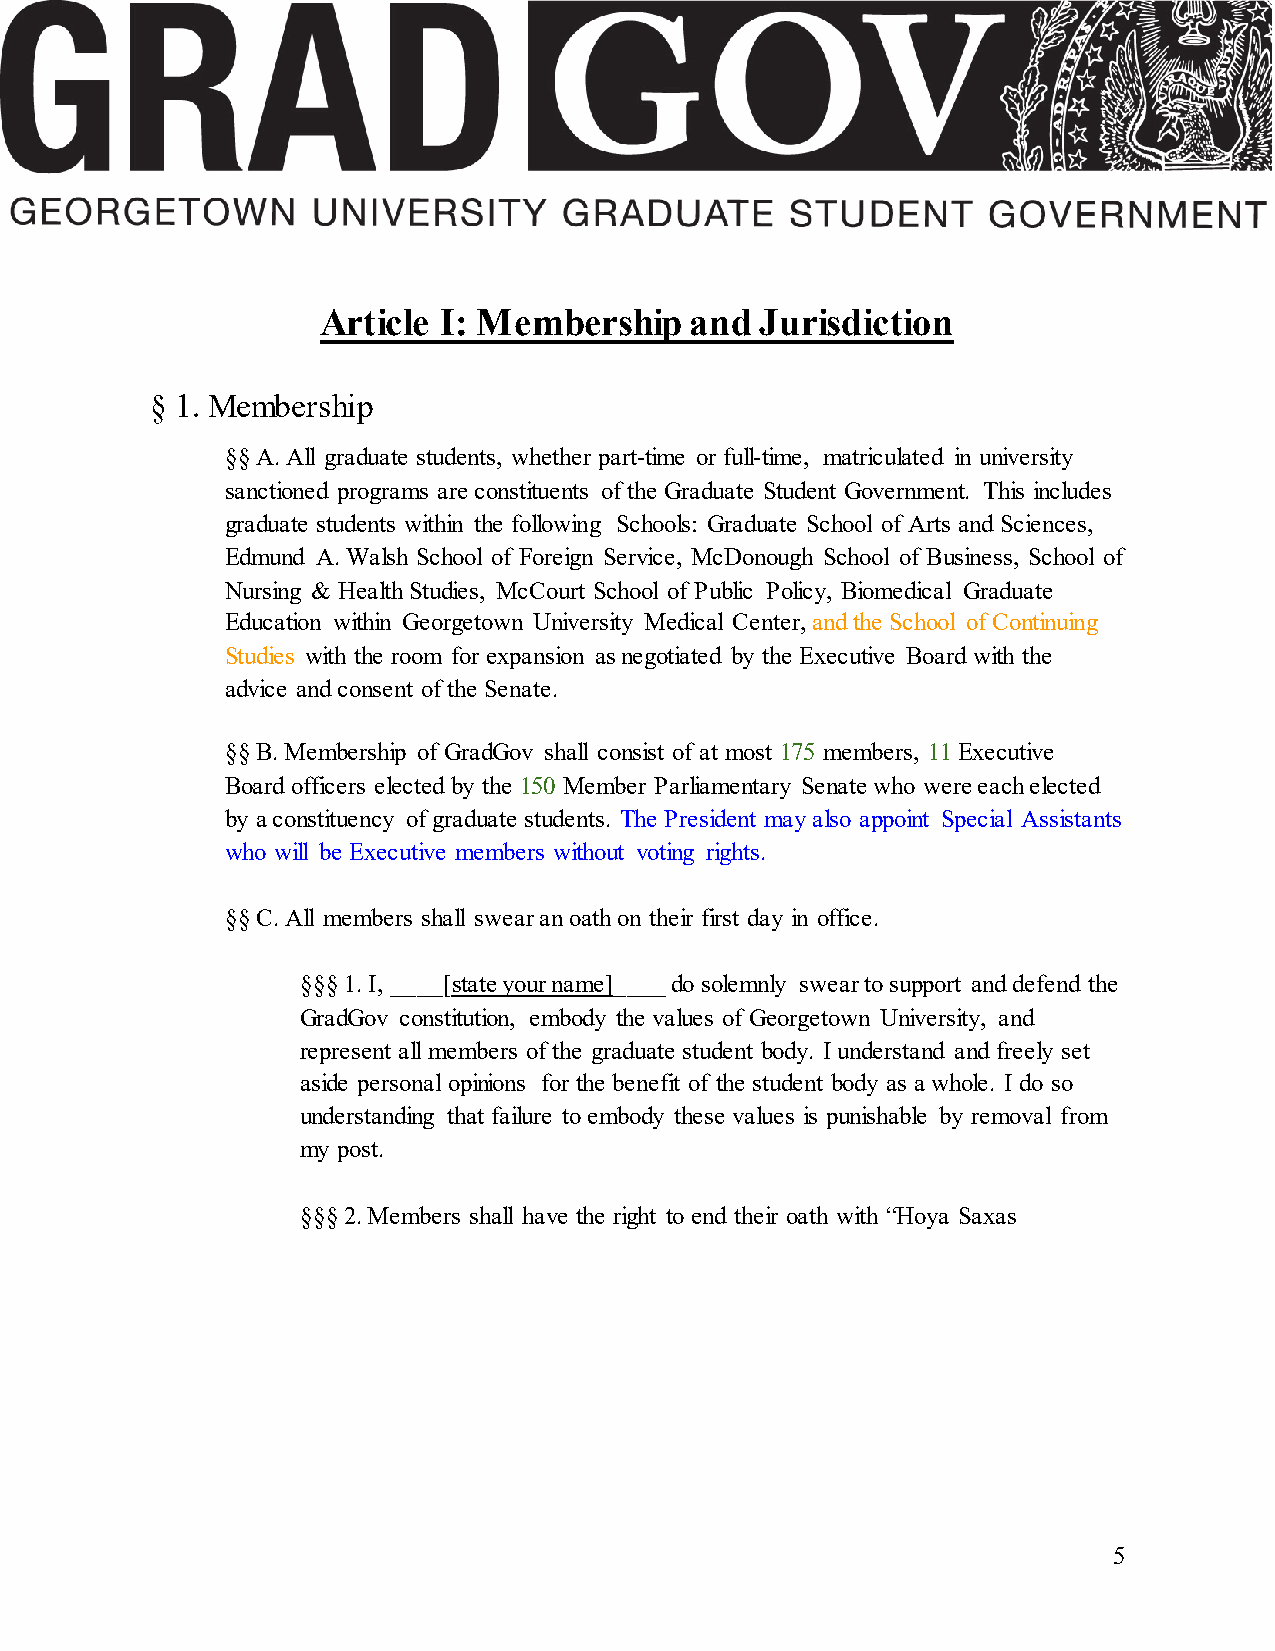
Article I: Membership    and Jurisdiction
 § 1. Membership
 §§ A. All graduate students, whether part-time or full-time, matriculated in university
 sanctioned programs are constituents of the Graduate Student Government. This includes
 graduate students within the following Schools: Graduate School of Arts and Sciences,
 Edmund A. Walsh School of Foreign Service, McDonough School of Business, School of
 Nursing & Health Studies, McCourt School of Public Policy, Biomedical Graduate
 Education within Georgetown University Medical Center, and the School of Continuing
 Studies with the room for expansion as negotiated by the Executive Board with the
 advice and consent of the Senate.
 §§ B. Membership of GradGov shall consist of at most 175 members, 11 Executive
 Board officers elected by the 150 Member Parliamentary Senate who were each elected
 by a constituency of graduate students. The President may also appoint Special Assistants
 who will be Executive members without voting rights.
 §§ C. All members shall swear an oath on their first day in office.
 §§§ 1. I, ____[state your name]____ do solemnly swear to support and defend the
 GradGov constitution, embody the values of Georgetown University, and
 represent all members of the graduate student body. I understand and freely set
 aside personal opinions for the benefit of the student body as a whole. I do so
 understanding that failure to embody these values is punishable by removal from
 my post.
 §§§ 2. Members shall have the right to end their oath with “Hoya Saxas
 5